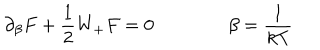
\partial _ { \beta } F + \frac { 1 } { 2 } W _ { + } F = 0 \qquad \qquad \beta = \frac { 1 } { k T }